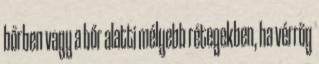
bőrben vagy a bőr alatti mélyebb rétegekben, ha vérrög